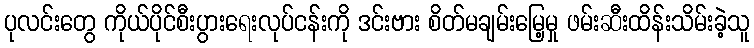
ပုလင်းတွေ ကိုယ်ပိုင်စီးပွားရေးလုပ်ငန်းကို ဒင်းဗား စိတ်မချမ်းမြေ့မှု ဖမ်းဆီးထိန်းသိမ်းခဲ့သူ